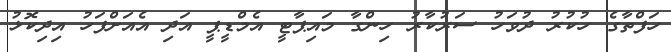
ހަފްތާގެ ހުކުރު ދުވަހު ސަރުކާރު ހިންގާ މައިޕާޓީ އެމްޑީޕީ އަދި އެއަށްފަހު އިދިކޮޅު